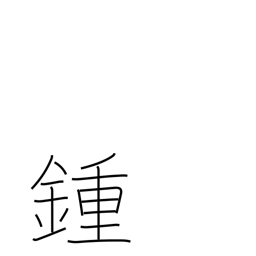
Meaning: spindle